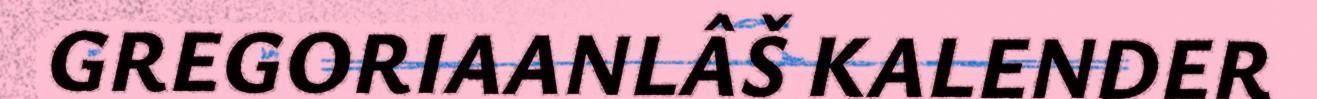
GREGORIAANLÂŠ KALENDER